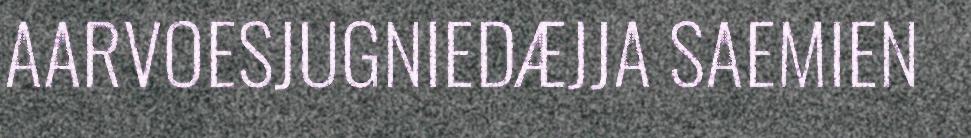
AARVOESJUGNIEDÆJJA SAEMIEN